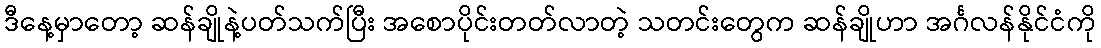
ဒီနေ့မှာတော့ ဆန်ချိုနဲ့ပတ်သက်ပြီး အစောပိုင်းတတ်လာတဲ့ သတင်းတွေက ဆန်ချိုဟာ အင်္ဂလန်နိုင်ငံကို